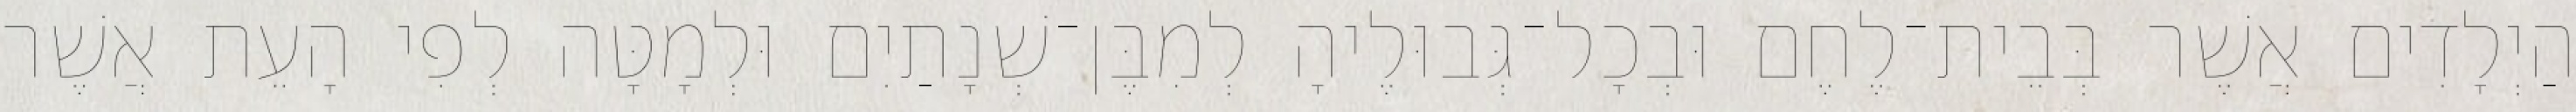
הַיְלָדִים אֲשֶׁר בְּבֵית־לֶחֶם וּבְכָל־גְּבוּלֶיהָ לְמִבֶּן־שְׁנָתַיִם וּלְמָטָּה לְפִי הָעֵת אֲשֶׁר